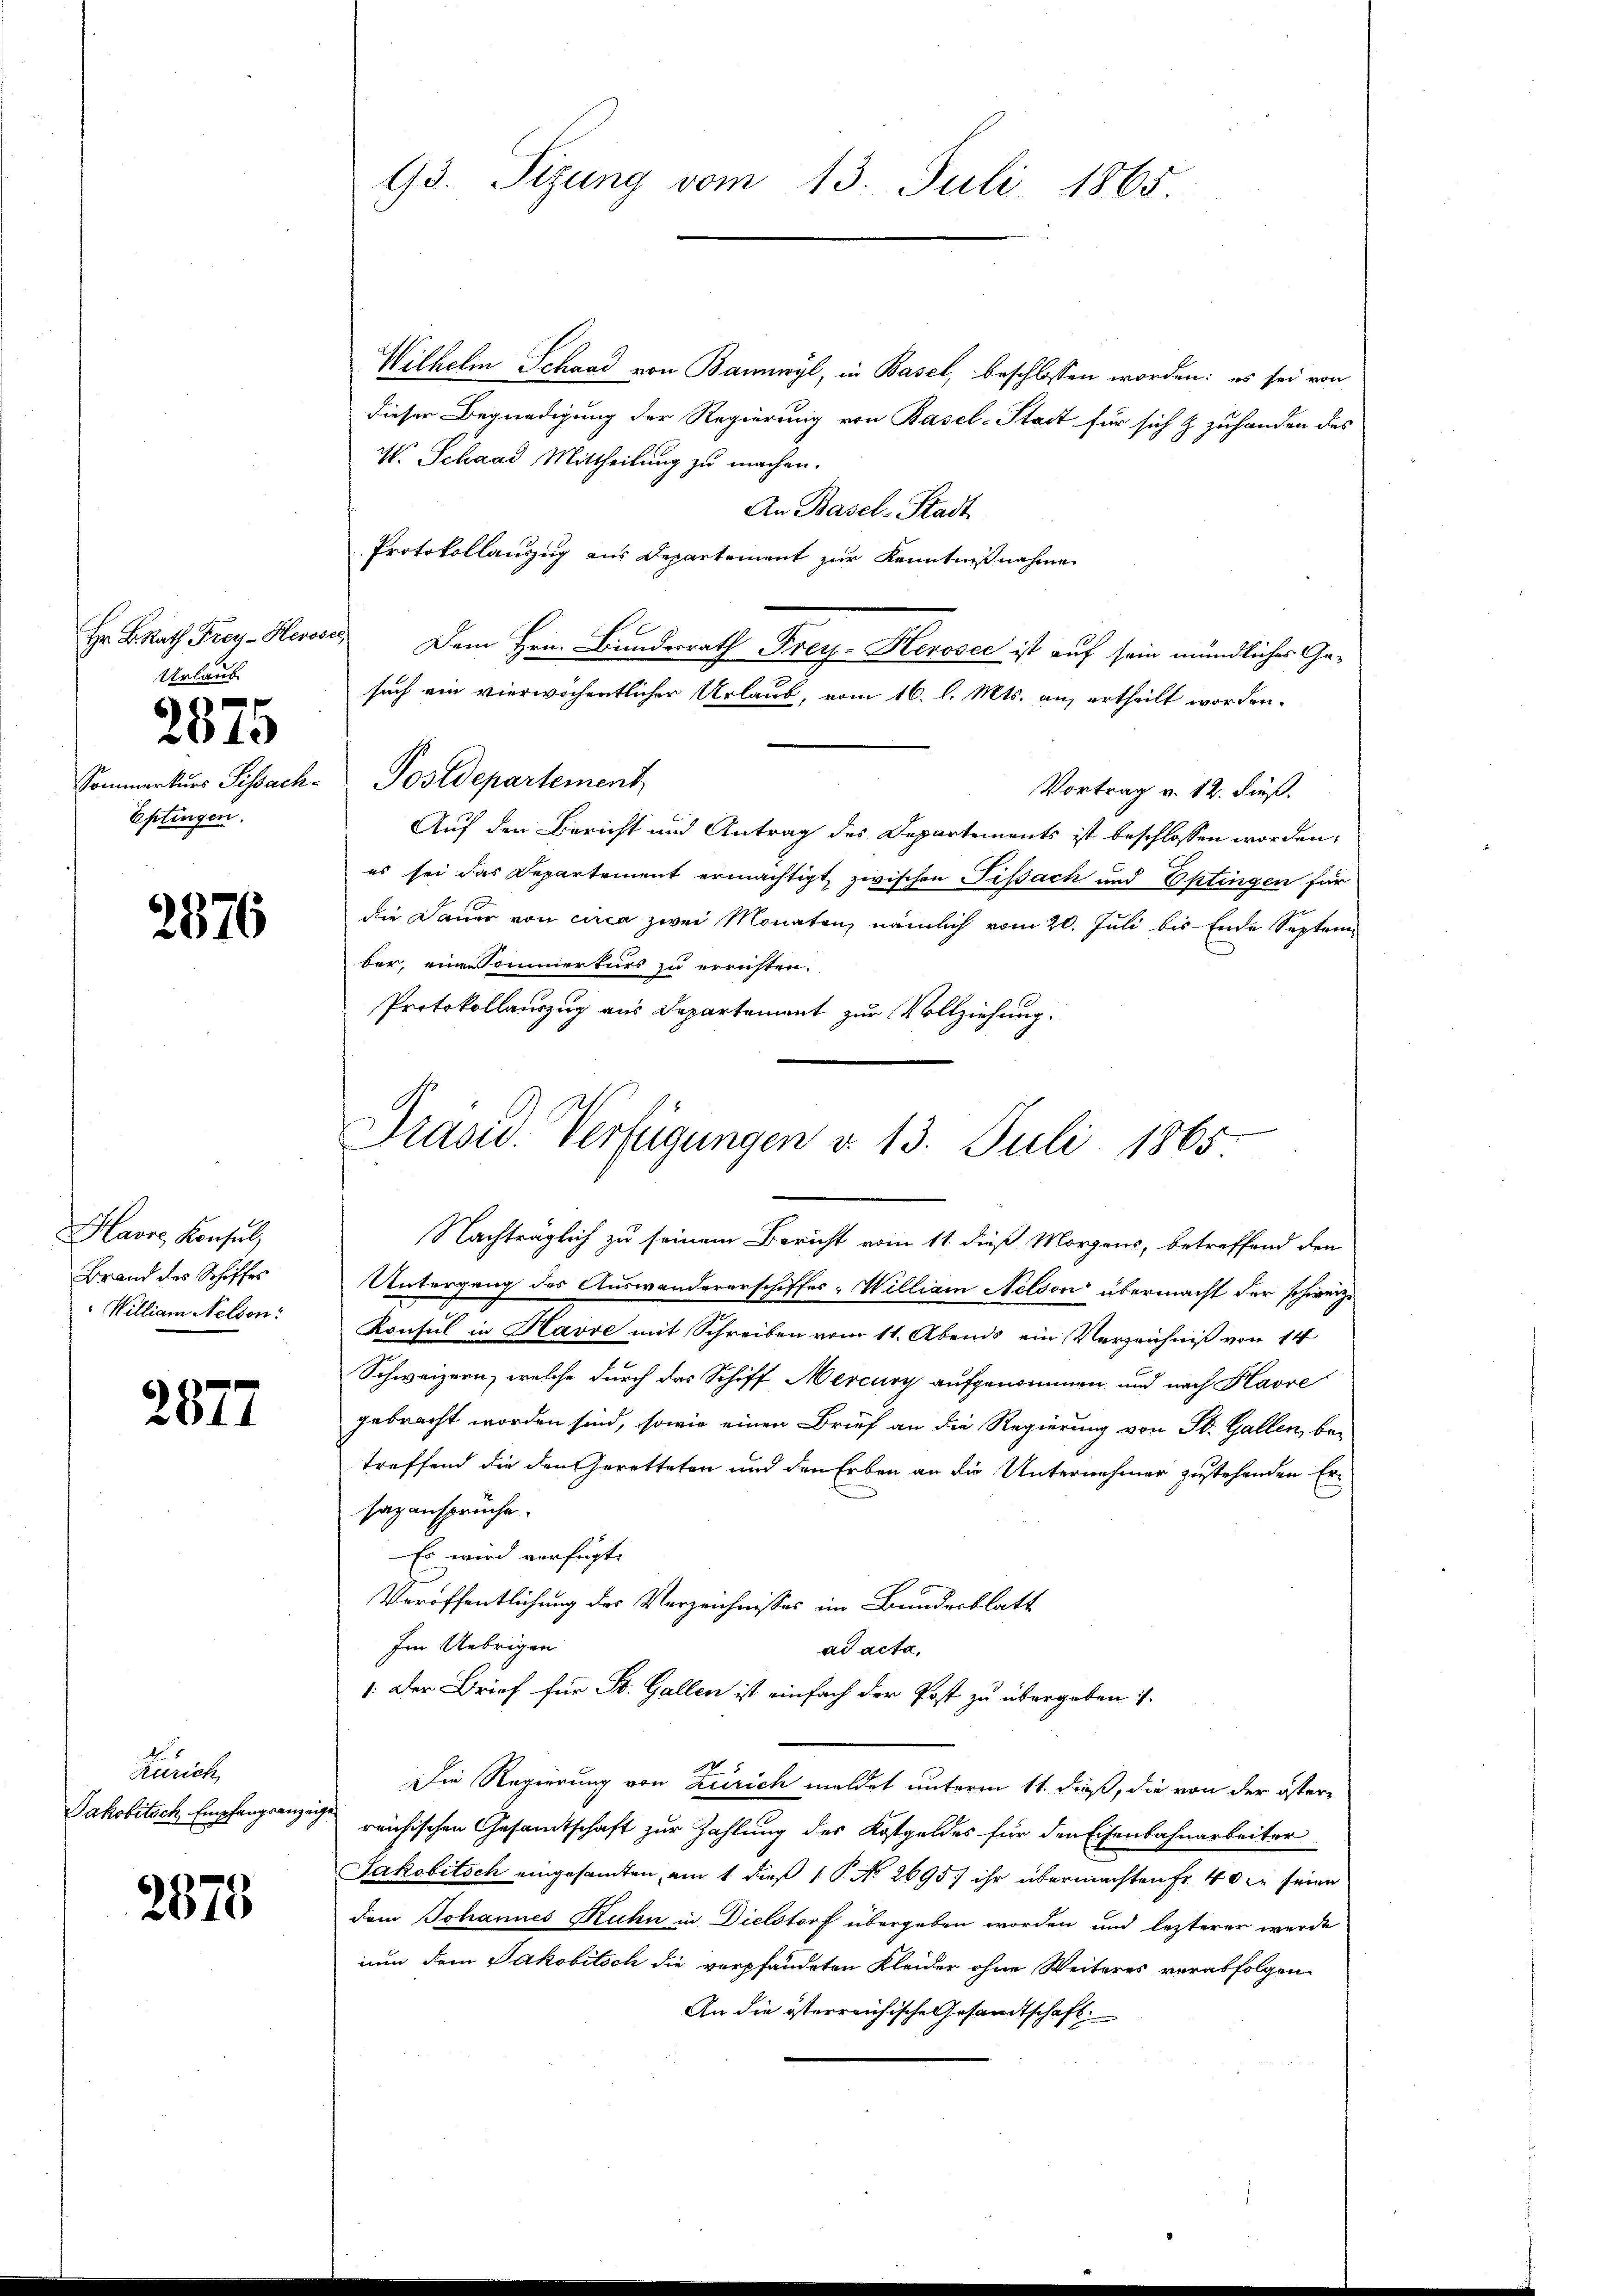
Hr. B. Rath Frey-Heroser,
Urlaub
2875
Eptingen.

2876

Havre, Konsul,
Brand des Schiffes
William Nelson:

2877

Zürich,
Jakobitsch Empfangsanze

2578

93. Sizung vom 13. Juli 1865

Präsid. Verfügungen d. 13. Juli 1865

Wilhelin Schaad von Bannwyl, in Basel, beschlossen worden: es sei von
dieser Begnadigung der Regierung von Basel-Stadt für sich & zuhanden des
W. Schaad Mittheilung zu machen.
An Basel-Stadt
Protokollauszug aus Departement zur Kenntnißnahme
Dem Hrn. Bundesrath Frey- Herosec ist auf sein mündliches Gesuch ein vierwöchentlicher Urlaub, vom 16. l. Mts. an, ertheilt worden.
Sommerkurs Sissach Postdepartement
Vortrag v. 12. dieß.
Auf den Bericht und Antrag des Departements ist beschlossen worden.
es sei das Departement ermächtigt, zwischen Tissach und Ettingen so
die Dauer von circa zwei Monaten, nämlich vom 20. Juli bis Ende September, ein Sommerturs zu errichten.
Protokollauszug aus Departement zur Vollziehung.
Nachträglich zu seinem Bericht vom 11. dieß Morgens, betreffend den
Untergang des Auswandererschiffes-William Nelson übermacht der schweiz.
Konsul in Havve mit Schreiben vom 11. Abends ein Verzeichniß von 14
Schweizern, welche durch das Schiff Mercury aufgenommen und nach Havre
gebracht worden sind, sowie einen Brief an die Regierung von St. Gallen, be-
treffend die den Geretteten und den Erben an die Unternehmer zustehenden Ersazansprüche.
Es wird verfügt:
Veröffentlichung des Verzeichnisses im Bundesblatt
Im Uebrigen
ad acta,
: Der Brief für St. Gallen ist einfach der Post zu übergeben 1.
Die Regierung von Zürich meldet unterm 11. dieß, die von der österige
reichischen Gesamtschaft zur Zahlung des Kostgeldes für den Eisenbahnarbeiter
Jakobitsch eingesamten, am 1. dieß ( P. No 2695) ihr übermachten Fr. 40 in seien
dem Johannes Kuhn in Dielstorf übergeben worden und lezterer wurde
nun dem Jakobitsch die verpfändeten Kleider ohne Weiteres verabfolgen
An die österreichische Gesandtschaft